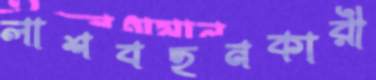
লাশবহনকারী